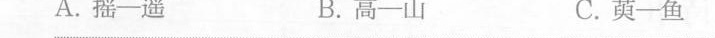
A.把一遥B.高-山C.萸-鱼